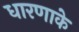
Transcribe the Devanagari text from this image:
धारणाके